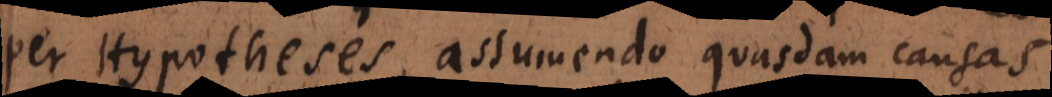
per Hypotheses, assumendo quasdam causas